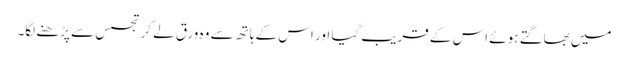
میں بھاگتے ہوئے اس کے قریب گیا اور اس کے ہاتھ سے وہ ورق لے کر تجسس سے پڑھنے لگا۔